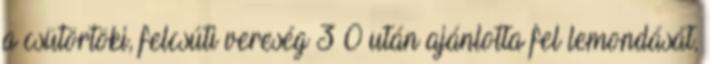
a csütörtöki, felcsúti vereség 3–0 után ajánlotta fel lemondását,